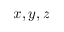
x , y , z